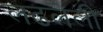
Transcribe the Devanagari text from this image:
लढलेली